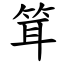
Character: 䇯